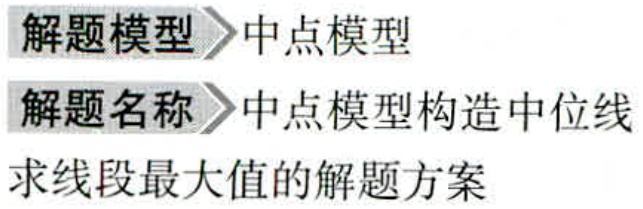
解题模型 中点模型

解题名称 中点模型构造中位线

求线段最大值的解题方案